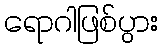
ရောဂါဖြစ်ပွား